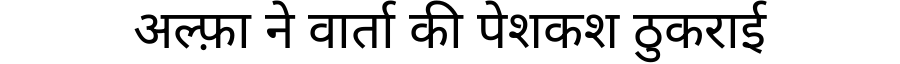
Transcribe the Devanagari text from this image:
अल्फ़ा ने वार्ता की पेशकश ठुकराई